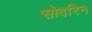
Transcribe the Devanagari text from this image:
सोवरिन